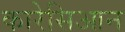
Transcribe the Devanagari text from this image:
कारेसिआन